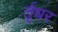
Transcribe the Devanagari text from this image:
र्तृधर